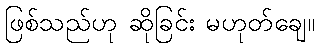
ဖြစ်သည်ဟု ဆိုခြင်း မဟုတ်ချေ။